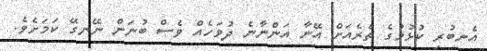
އެނބުރި ކުޅުމުގެ ތެރެއަށް އޭނާ އަންނާނެ ދުވަހެއް ވެސް ބުނަން ނޭނގޭ ކަމަށެވެ.